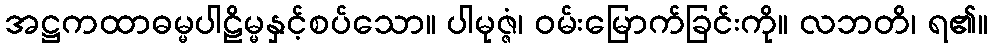
အဋ္ဌကထာဓမ္မပါဠိမ္မနှင့်စပ်သော။ ပါမုဇ္ဇံ၊ ဝမ်းမြောက်ခြင်းကို။ လဘတိ၊ ရ၏။